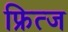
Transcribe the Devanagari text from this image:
फ्रित्ज